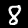
Label: 8